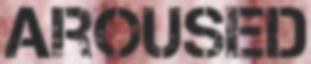
AROUSED